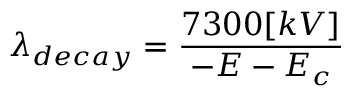
\lambda _ { d e c a y } = \frac { 7 3 0 0 [ k V ] } { - E - E _ { c } }